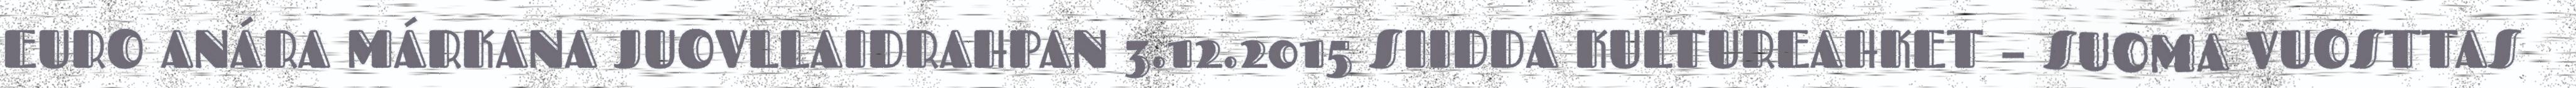
EURO ANÁRA MÁRKANA JUOVLLAIDRAHPAN 3.12.2015 SIIDDA KULTUREAHKET – SUOMA VUOSTTAS